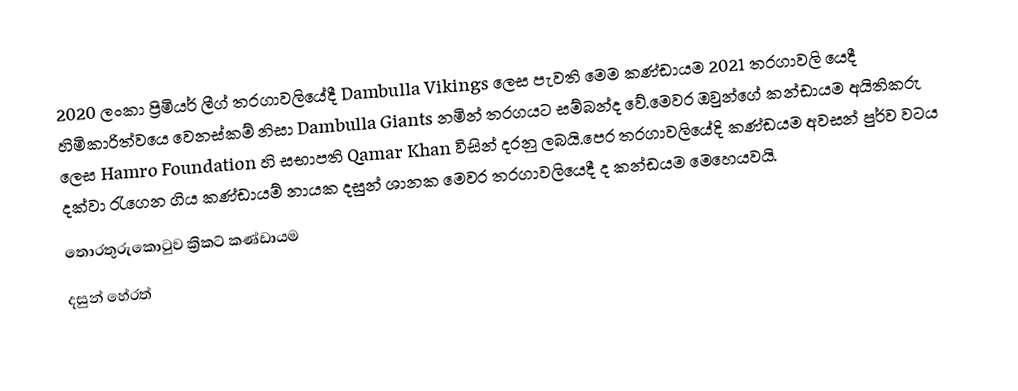
2020 ලංකා ප්‍රිමියර් ලීග් තරගාවලියේදී Dambulla Vikings ලෙස පැවති මෙම කණ්ඩායම 2021 තරගාවලි යෙදී හිමිකාරිත්වයෙ වෙනස්කම් නිසා Dambulla Giants   නමින් තරගයට සම්බන්ද වේ.මෙවර ඔවුන්ගේ කන්ඩායම අයිතිකරු ලෙස Hamro Foundation  හි සභාපති Qamar Khan විසින් දරනු ලබයි.පෙර තරගාවලියේදි කණ්ඩයම අවසන් පුර්ව වටය දක්වා රැගෙන ගිය කණ්ඩායම් නායක දසුන් ශානක මෙවර තරගාවලියෙදී ද කන්ඩයම  මෙහෙයවයි.
තොරතුරුකොටුව ක්‍රිකට් කණ්ඩායම
දසුන් හේරත්